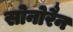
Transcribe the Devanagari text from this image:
सोनोरैन